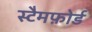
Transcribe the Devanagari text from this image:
स्टैमफ़ोर्ड